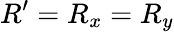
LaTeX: R^{\prime}=R_{x}=R_{y}